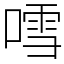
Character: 𠽌